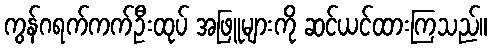
ကွန်ဂရက်ကက်ဦးထုပ် အဖြူများကို ဆင်ယင်ထားကြသည်။